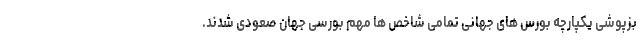
بزپوشی یکپارچه بورس های جهانی تمامی شاخص ها مهم بورسی جهان صعودی شدند.